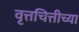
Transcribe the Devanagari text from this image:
वृत्तचित्तीच्या